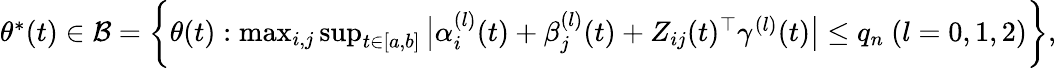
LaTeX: \begin{array}{r}{\theta^{*}(t)\in\mathcal{B}=\bigg\{ \theta(t):\operatorname*{max}_{i,j}\operatorname*{sup}_{t\in[a,b]}\big|\alpha_{i}^{(l)}(t)+\beta_{j}^{(l)}(t)+Z_{ij}(t)^{\top}\gamma^{(l)}(t)\big|\le q_{n}~(l=0,1,2)\bigg\} ,}\end{array}